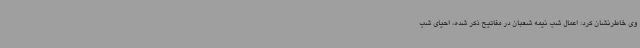
وی خاطرنشان کرد: اعمال شب نیمه شعبان در مفاتیح ذکر شده‌، احیای شب